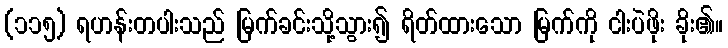
(၁၁၅) ရဟန်းတပါးသည် မြက်ခင်းသို့သွား၍ ရိတ်ထားသော မြက်ကို ငါးပဲဖိုး ခိုး၏။